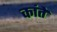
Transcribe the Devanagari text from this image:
कांते